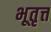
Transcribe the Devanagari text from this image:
भूतृत्त